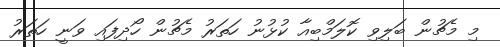
މި މެޗުން ބަލިވި ކޮލަމްބިއާ ކުޅުނު ހަތަރު މެޗުން ހޯދިފައި ވަނީ ހަތަރު